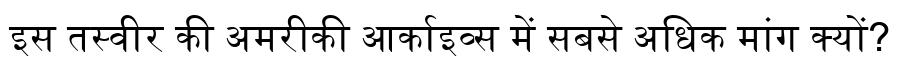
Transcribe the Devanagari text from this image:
इस तस्वीर की अमरीकी आर्काइव्स में सबसे अधिक मांग क्यों?